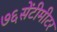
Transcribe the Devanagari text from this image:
७६सेंटीमीटर